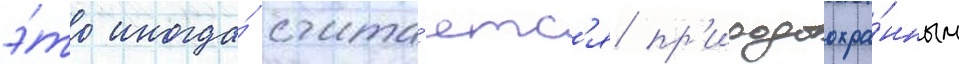
э́то иногда́ счита́етс'я пр'иродоохра́нным